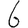
Digit: 6